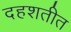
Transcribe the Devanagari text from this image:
दहशतीत